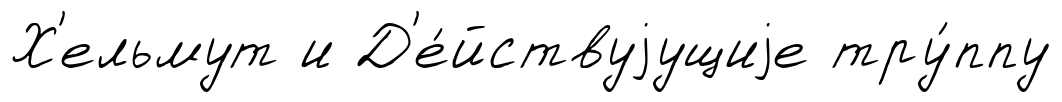
Х'ельмут и Д'е́йствуjущиjе тру́ппу